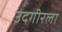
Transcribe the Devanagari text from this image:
उदगीरला